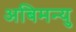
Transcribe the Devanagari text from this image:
अबिमन्यु